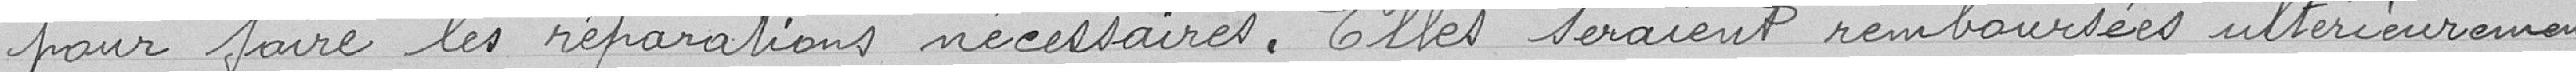
pour faire les réparations nécéssaires. Elles seraient remboursées ultérieurement